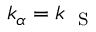
k _ { \scriptsize \alpha } = k _ { \mathrm { ~ \scriptsize ~ S ~ } }